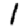
Digit: 1